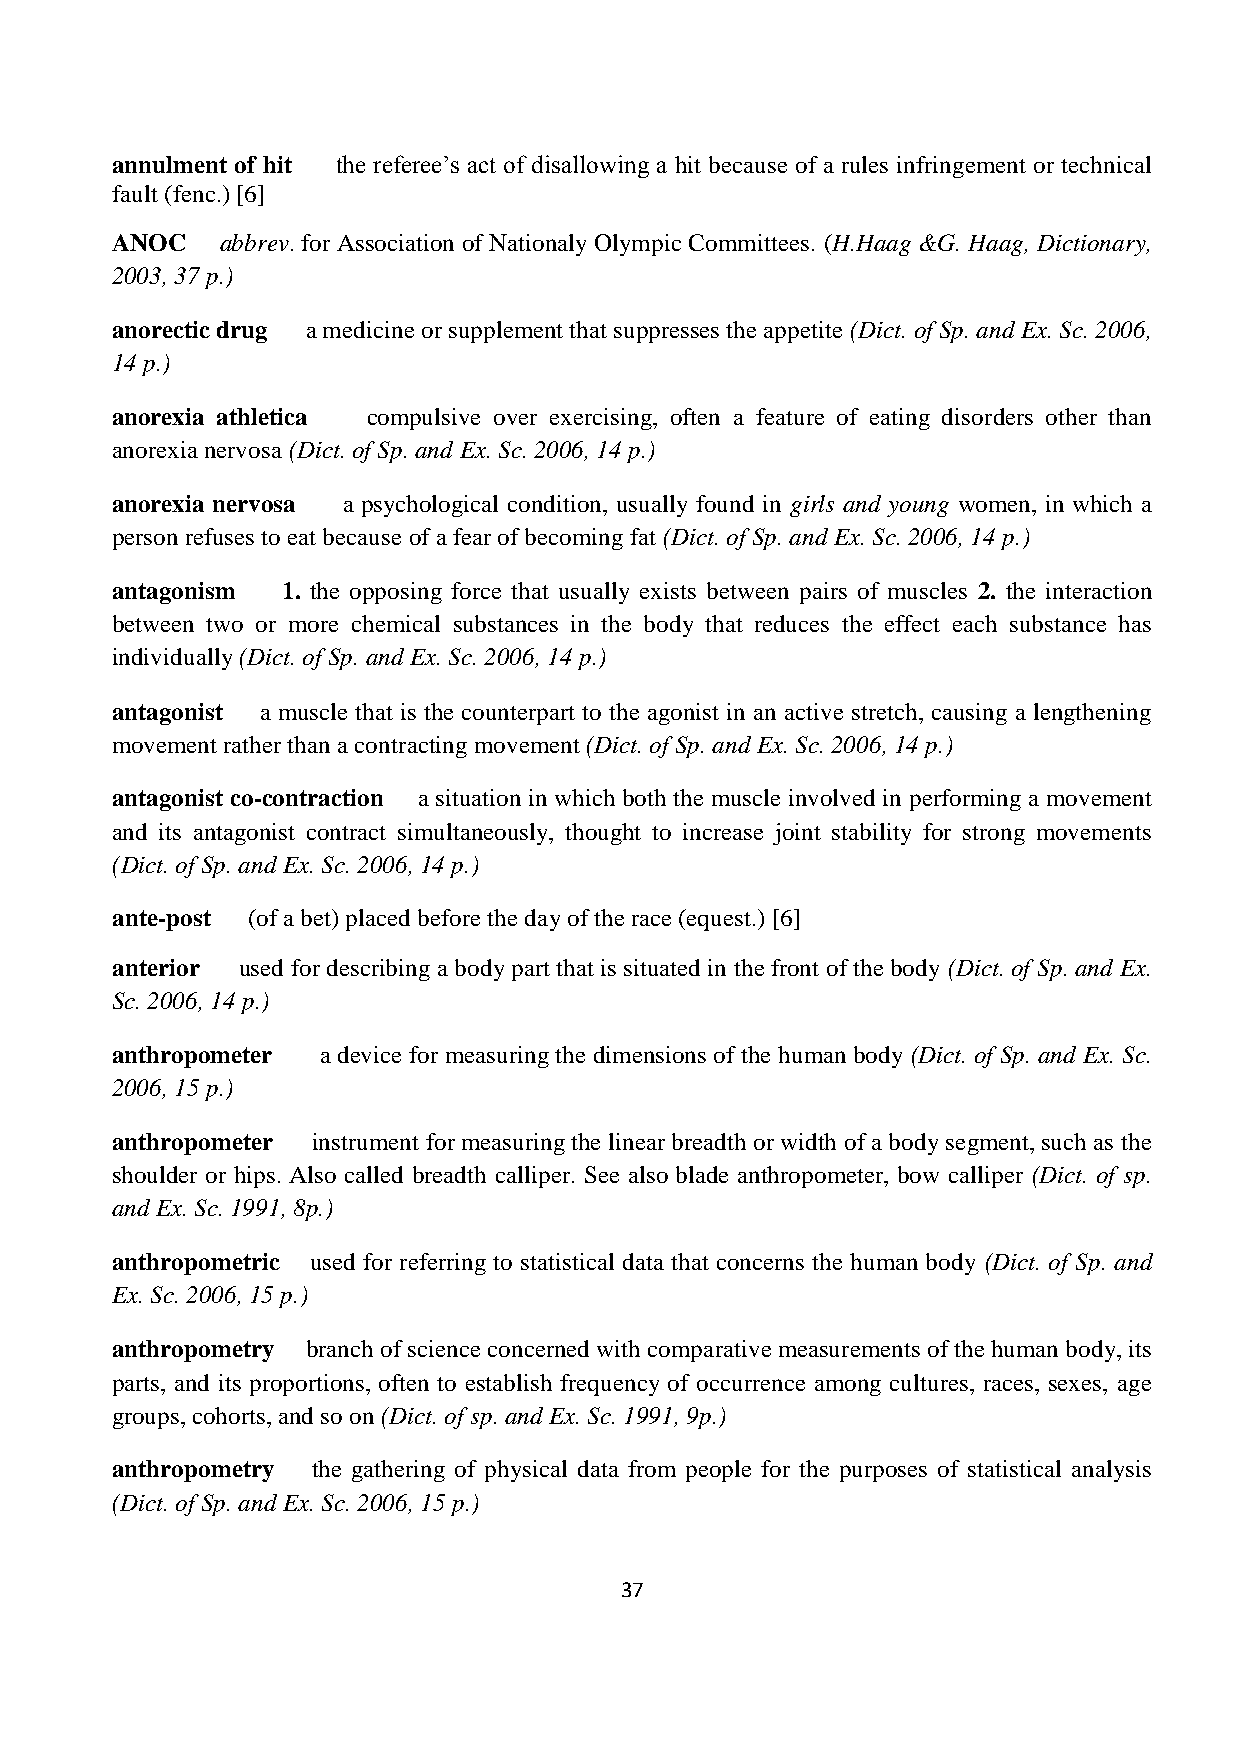
annulment of hit the referee’s act of disallowing a hit because of a rules infringement or technical
 fault (fenc.) [6]
 ANOC    abbrev. for Association of Nationaly Olympic Committees. (H.Haag &G. Haag, Dictionary,
 2003, 37 p.)
 anorectic drug a medicine or supplement that suppresses the appetite (Dict. of Sp. and Ex. Sc. 2006,
 14 p.)
 anorexia athletica compulsive over exercising, often a feature of eating disorders other than
 anorexia nervosa (Dict. of Sp. and Ex. Sc. 2006, 14 p.)
 anorexia nervosa a psychological condition, usually found in girls and young women, in which a
 person refuses to eat because of a fear of becoming fat (Dict. of Sp. and Ex. Sc. 2006, 14 p.)
 antagonism  1. the opposing force that usually exists between pairs of muscles 2. the interaction
 between two or more chemical substances in the body that reduces the effect each substance has
 individually (Dict. of Sp. and Ex. Sc. 2006, 14 p.)
 antagonist a muscle that is the counterpart to the agonist in an active stretch, causing a lengthening
 movement rather than a contracting movement (Dict. of Sp. and Ex. Sc. 2006, 14 p.)
 antagonist co-contraction a situation in which both the muscle involved in performing a movement
 and its antagonist contract simultaneously, thought to increase joint stability for strong movements
 (Dict. of Sp. and Ex. Sc. 2006, 14 p.)
 ante-post (of a bet) placed before the day of the race (equest.) [6]
 anterior used for describing a body part that is situated in the front of the body (Dict. of Sp. and Ex.
 Sc. 2006, 14 p.)
 anthropometer a device for measuring the dimensions of the human body (Dict. of Sp. and Ex. Sc.
 2006, 15 p.)
 anthropometer instrument for measuring the linear breadth or width of a body segment, such as the
 shoulder or hips. Also called breadth calliper. See also blade anthropometer, bow calliper (Dict. of sp.
 and Ex. Sc. 1991, 8p.)
 anthropometric used for referring to statistical data that concerns the human body (Dict. of Sp. and
 Ex. Sc. 2006, 15 p.)
 anthropometry branch of science concerned with comparative measurements of the human body, its
 parts, and its proportions, often to establish frequency of occurrence among cultures, races, sexes, age
 groups, cohorts, and so on (Dict. of sp. and Ex. Sc. 1991, 9p.)
 anthropometry the gathering of physical data from people for the purposes of statistical analysis
 (Dict. of Sp. and Ex. Sc. 2006, 15 p.)
 37